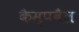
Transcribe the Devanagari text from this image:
कैम्पबैल